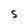
Character: S